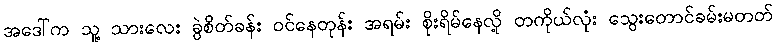
အဒေါ်က သူ့ သားလေး ခွဲစိတ်ခန်း ဝင်နေတုန်း အရမ်း စိုးရိမ်နေလို့ တကိုယ်လုံး သွေးတောင်ခမ်းမတတ်